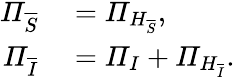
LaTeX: \begin{array}{rl}{\mathit{\Pi}_{\overline{{S}}}}&{{}=\mathit{\Pi}_{H_{\overline{{S}}}},}\\ {\mathit{\Pi}_{\overline{{I}}}}&{{}=\mathit{\Pi}_{I}+\mathit{\Pi}_{H_{\overline{{I}}}}.}\end{array}